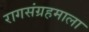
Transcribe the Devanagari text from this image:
रागसंग्रहमाला